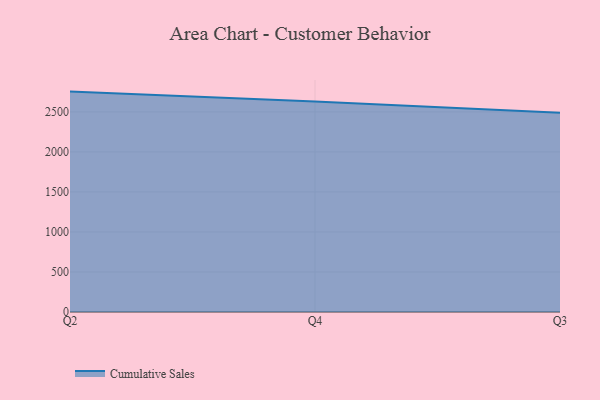
{"axis": {"x": "Quarter", "y": "Bounce Rate (%)"}, "legend": ["Cumulative Sales"], "data": [{"x": "Q2", "y": 2753.6, "type": "Cumulative Sales"}, {"x": "Q4", "y": 2629.4, "type": "Cumulative Sales"}, {"x": "Q3", "y": 2487.9, "type": "Cumulative Sales"}]}